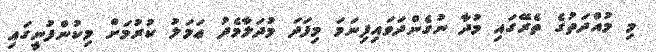
މި މުއްދަތުގެ ތެރޭގައި މުދާ ނުގެންދަވައިފިނަމަ މިފަދަ މުދަލާމެދު ޢަމަލު ކުރުމަށް މިކުންފުނީގައި